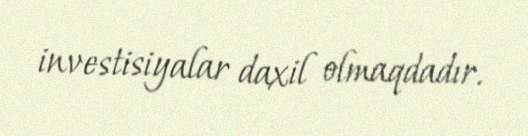
investisiyalar daxil olmaqdadır.